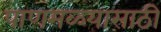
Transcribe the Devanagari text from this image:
पाणमळ्यासाठी